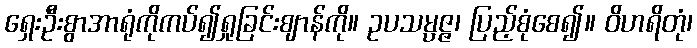
ရှေးဦးစွာအာရုံကိုကပ်၍ရှုခြင်းဈာန်ကို။ ဥပသမ္ပဇ္ဇ၊ ပြည့်စုံစေ၍။ ဝိဟရိတုံ၊